38_143685_box7_Incident_Summaries_1-100
Agency: Department of War
Page 112
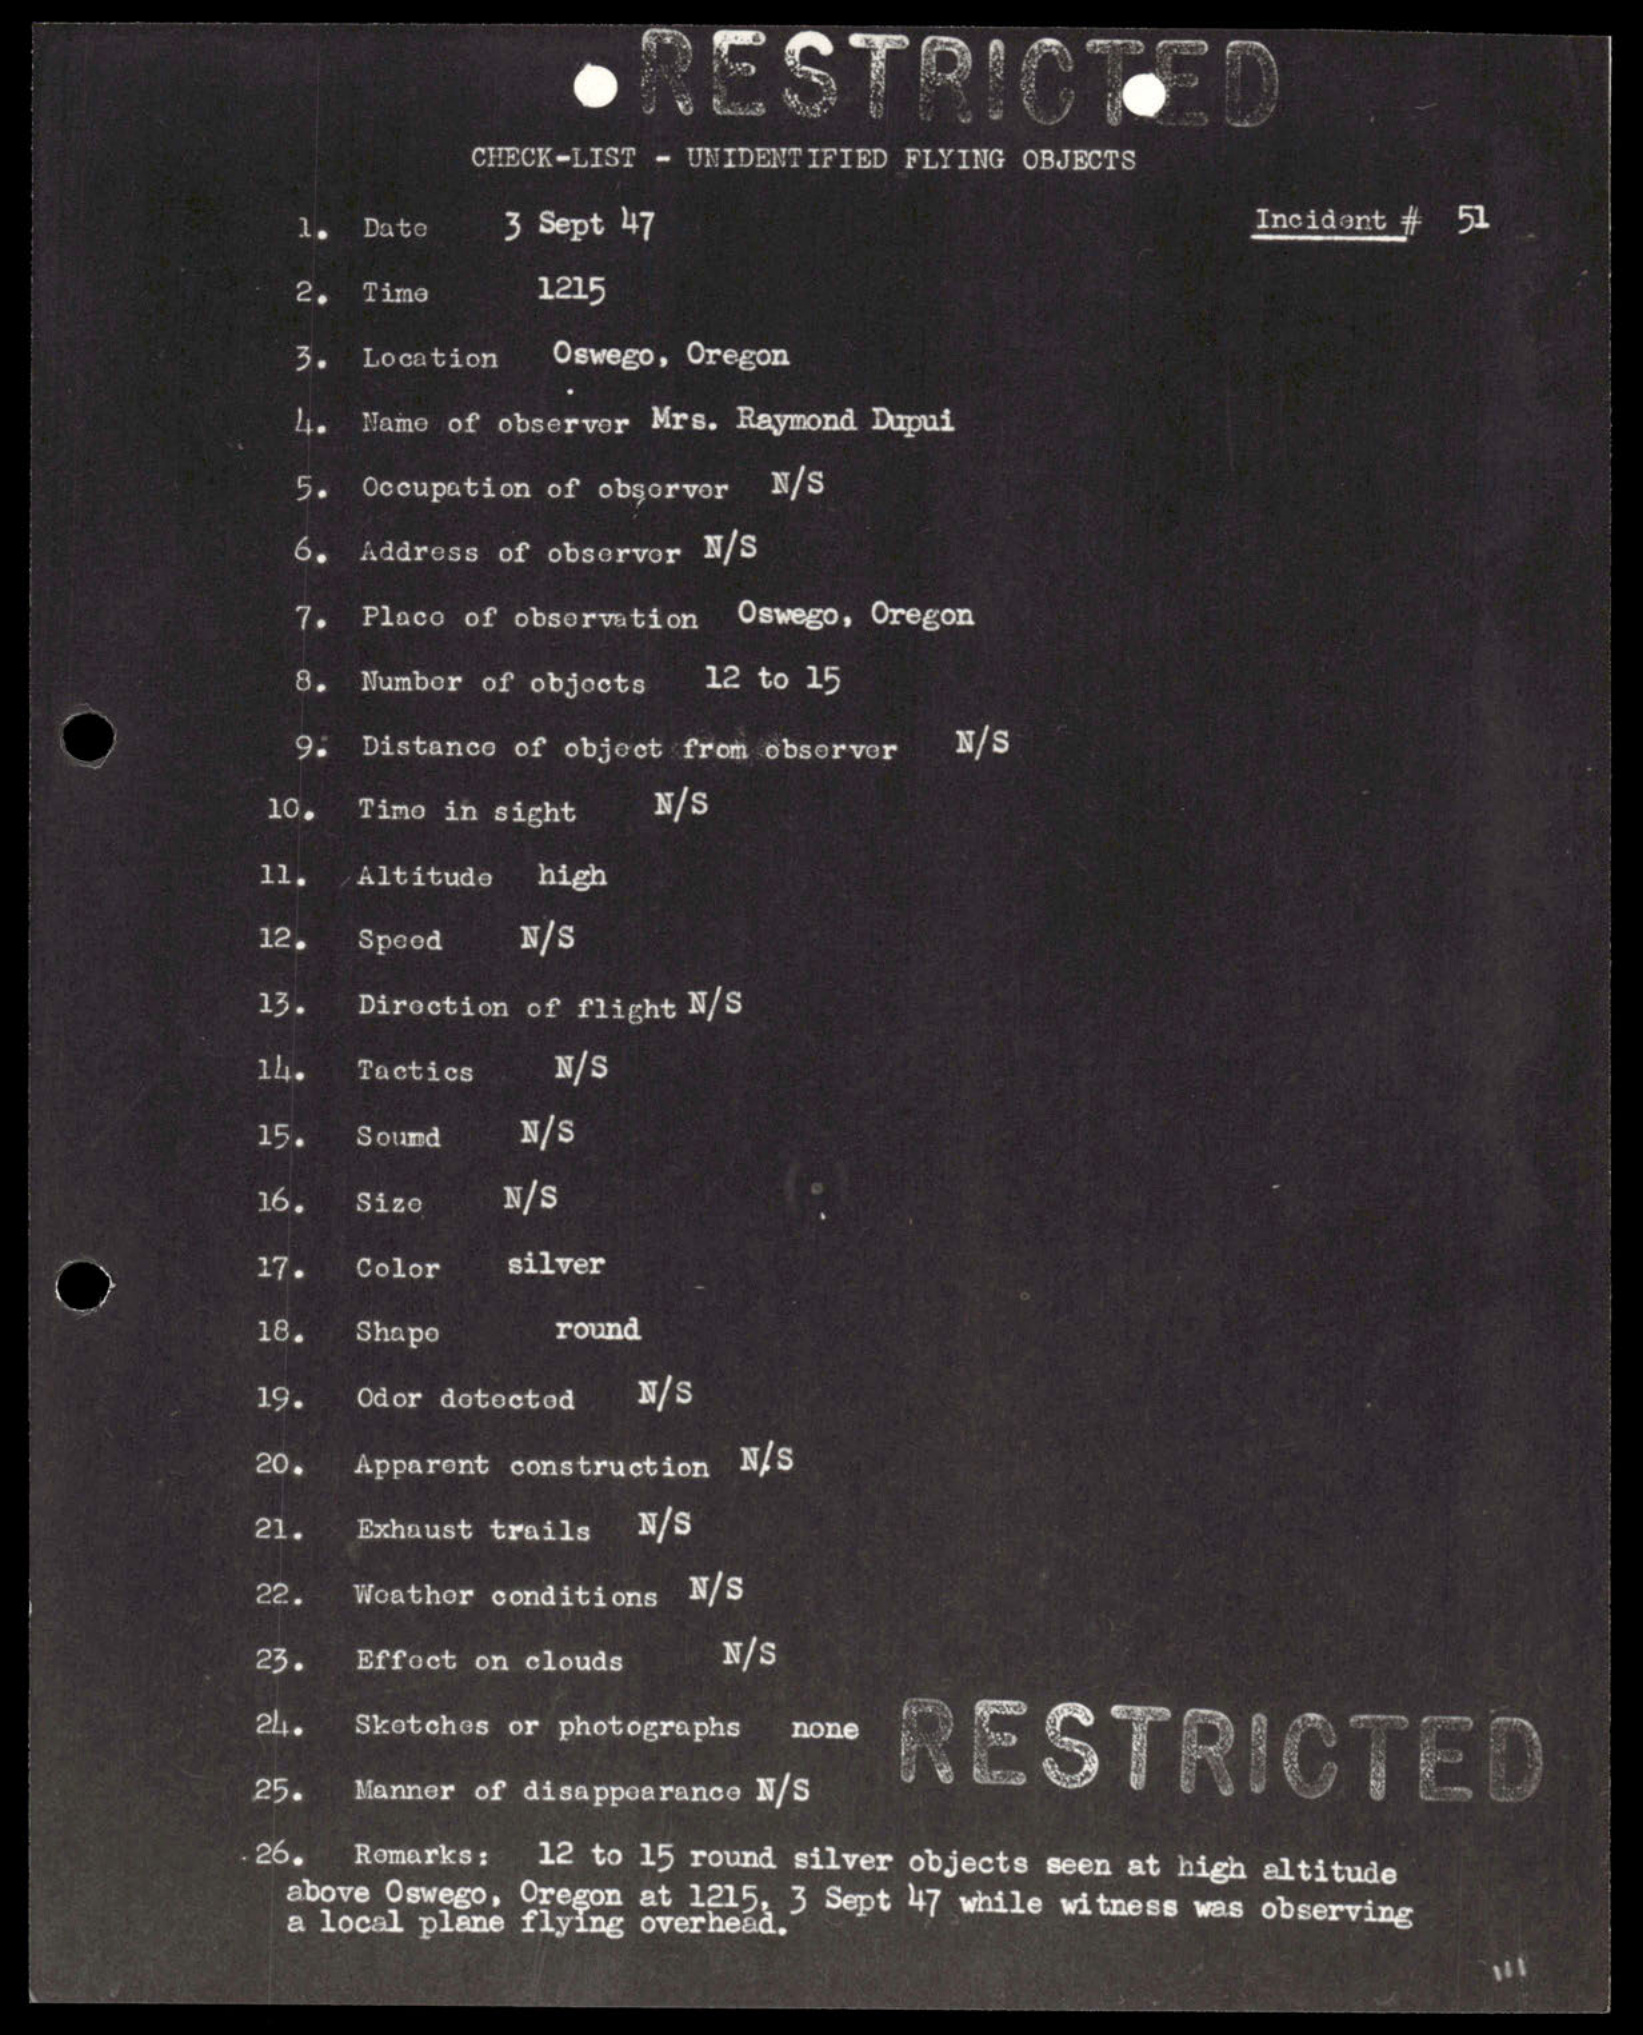